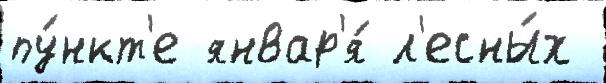
пу́нкт'е январ'я́ л'есны́х